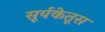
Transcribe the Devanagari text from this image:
सूर्यकेतूस